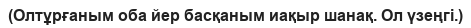
(Олтұрғаным оба йер басқаным иақыр шанақ. Ол үзеңгі.)